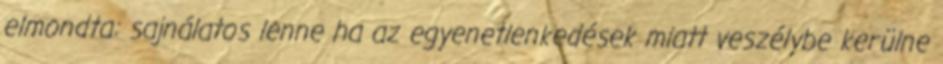
elmondta: sajnálatos lenne ha az egyenetlenkedések miatt veszélybe kerülne